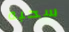
سحبه